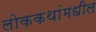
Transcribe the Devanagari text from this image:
लोककथांमधील